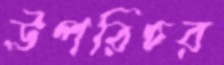
উপরিচর